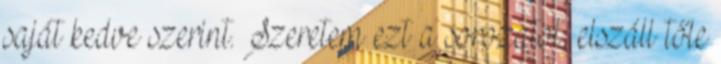
saját kedve szerint. Szeretem ezt a sorozatot, elszáll tőle